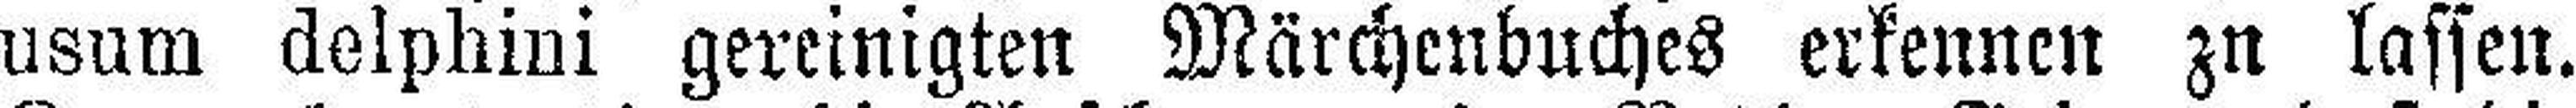
usum delphini gereinigten Märchenbuches erkennen zu lassen.